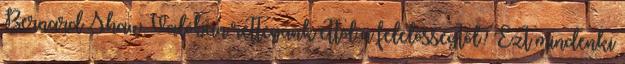
Bernard Shaw. Valóban rettegünk ettől a felelősségtől? Ezt mindenki